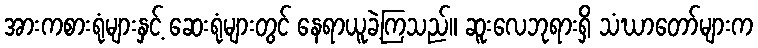
အားကစားရုံများနှင့် ဆေးရုံများတွင် နေရာယူခဲ့ကြသည်။ ဆူးလေဘုရားရှိ သံဃာတော်များက